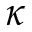
\kappa